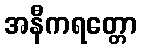
အနီကရတ္တော